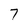
Character: 7